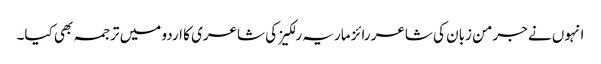
انہوں نے جرمن زبان کی شاعر رائز ماریہ رلکیز کی شاعری کا اردو میں ترجمہ بھی کیا۔